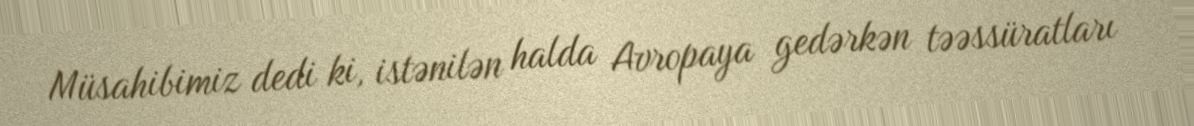
Müsahibimiz dedi ki, istənilən halda Avropaya gedərkən təəssüratları